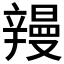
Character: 𮝽